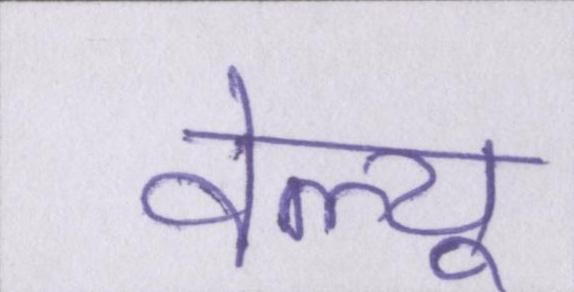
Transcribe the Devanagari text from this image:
वेल्यू